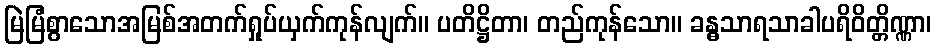
မြဲမြံစွာသောအမြစ်အတက်ရှုပ်ယှက်ကုန်လျက်။ ပတိဋ္ဌိတာ၊ တည်ကုန်သော။ ခန္ဓသာရသာခါပရိဝိတ္တိဏ္ဏာ၊